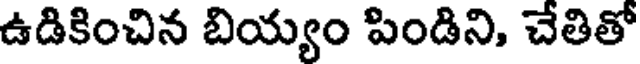
ఉడికించిన బియ్యం పిండిని, చేతితో